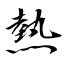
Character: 熱